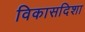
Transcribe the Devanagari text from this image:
विकासदिशा